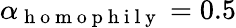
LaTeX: \alpha_{\mathrm{~h~o~m~o~p~h~i~l~y~}}=0.5